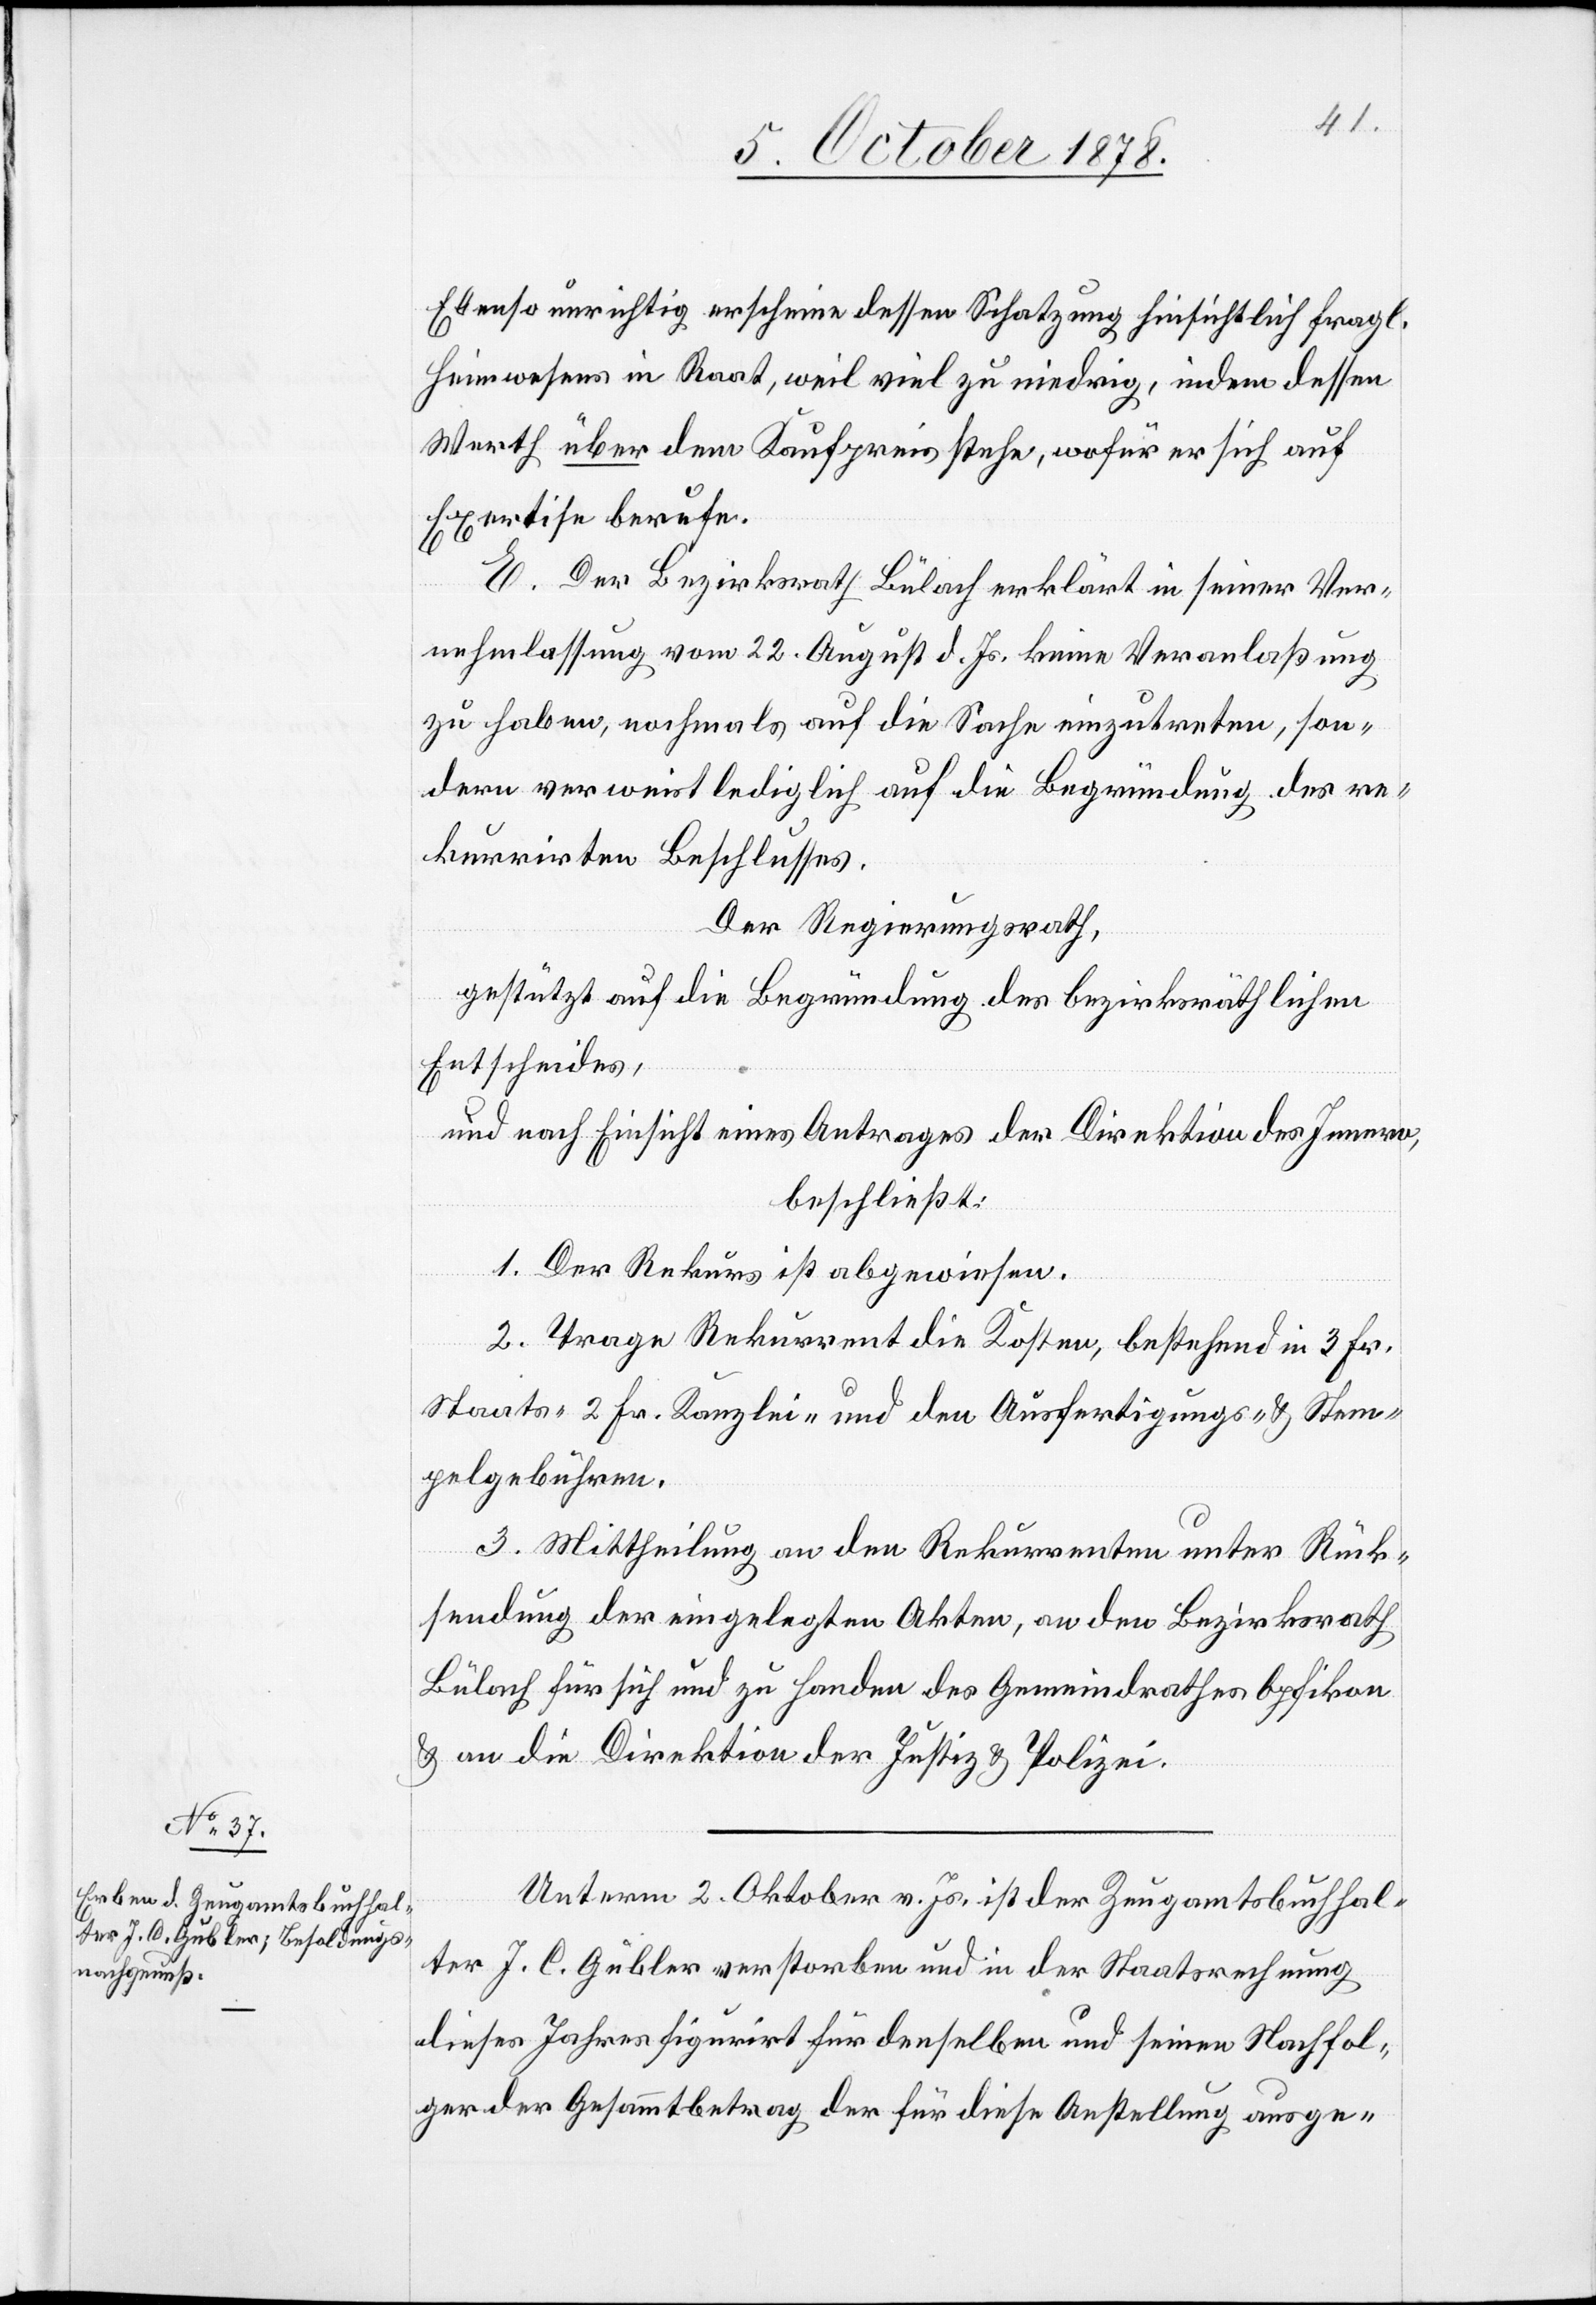
Ebenso unrichtig erscheine dessen Schatzung hinsichtlich fragl.
Heimwesens in Raat, weil viel zu niedrig, indem dessen
Werth über dem Kaufpreis stehe, wofür er sich auf
Expertise berufe.
E. Der Bezirksrath Bülach erklärt in seiner Ver¬
nehmlassung vom 22. August d. Js. keine Veranlaßung
zu haben, nochmals auf die Sache einzutreten, son¬
dern verweist lediglich auf die Begründung des re¬
kurrirten Beschlusses.
Der Regierungsrath,
gestützt auf die Begründung des bezirksräthlichen
Enthscheides,
und nach Einsicht eines Antrages der Direktion des Innern,
beschließt:
1. Der Rekurs ist abgewiesen.
2. Trage Rekurrent die Kosten, bestehend in 3 Fr.
Staats-[,] 2 Fr. Kanzlei- und den Ausfertigungs- und Stem¬
pelgebühren.
3. Mittheilung an den Rekurrenten unter Rück¬
sendung der eingelegten Akten, an den Bezirksrath
Bülach für sich und zu Handen des Gemeindrathes Opfikon
& an die Direktion der Justiz & Polizei.
Unterm 2. Oktober v. Js. ist der Zeugamtsbuchhal¬
ter J. C. Gubler verstorben und in der Staatsrechnung
dieses Jahres figurirt für denselben und seinen Nachfol¬
ger der Gesammtbetrag der für diese Anstellung ausge-